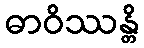
ဓာဝိဿန္တိ